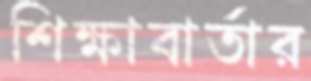
শিক্ষাবার্তার